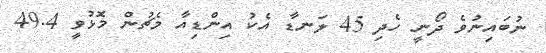
ނުބައިނުވެ ދޯނީ ހެދި 45 ލަނޑާ އެކު އިންޑިއާ މެޗުން މޮޅުވީ 49.4